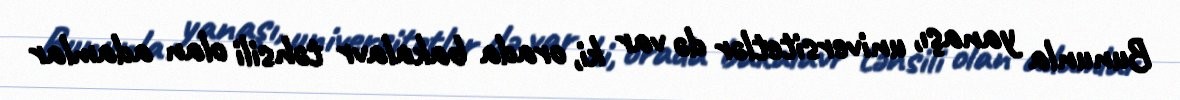
Bununla yanaşı, universitetlər də var ki, orada bakalavr təhsili olan adamlar